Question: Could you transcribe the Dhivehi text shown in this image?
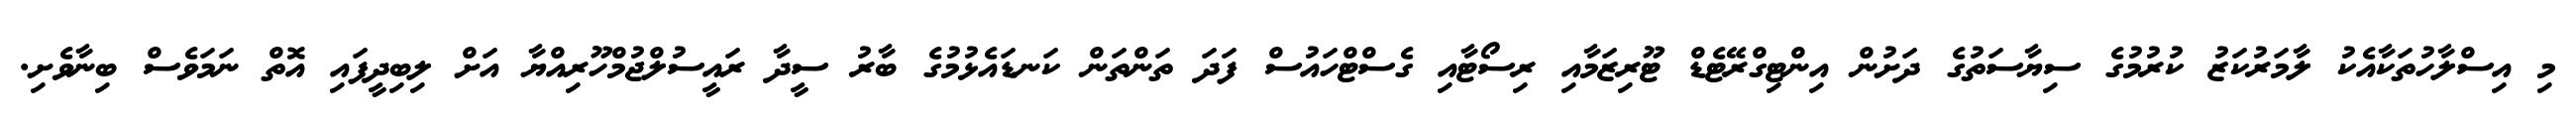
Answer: މި އިސްލާހުތަކާއެކު ލާމަރުކަޒު ކުރުމުގެ ސިޔާސަތުގެ ދަށުން އިންޓިގްރޭޓެޑް ޓޫރިޒަމާއި ރިސޯޓާއި ގެސްޓްހައުސް ފަދަ ތަންތަން ކަނޑައެޅުމުގެ ބާރު ސީދާ ރައީސުލްޖުމްހޫރިއްޔާ އަށް ލިބިދީފައި އޮތް ނަމަވެސް ބިނާވެށި.